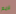
لايم